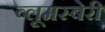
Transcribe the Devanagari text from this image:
ब्लूमस्बेरी